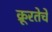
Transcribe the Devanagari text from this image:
क्रूरतेचे